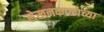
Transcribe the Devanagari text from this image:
लेखनकाळाच्या